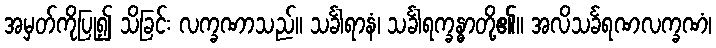
အမှတ်ကိုပြု၍ သိခြင်း လက္ခဏာသည်။ သင်္ခါရာနံ၊ သင်္ခါရက္ခန္ဓာတို့၏။ အလိသင်္ခရဏလက္ခဏံ၊